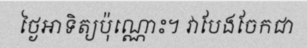
ថ្ងៃអាទិត្យប៉ុណ្ណោះ។ វាបែងចែកជា